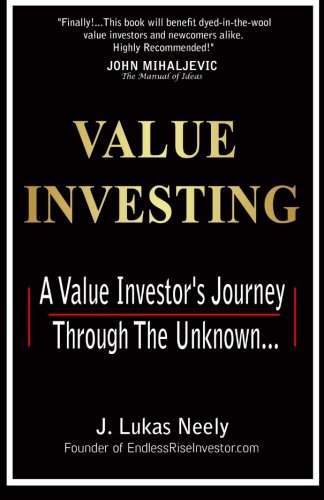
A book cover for Value Investing: A Value Investor's Journey Through The Unknown; J. Lukas Neely; Business & Money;